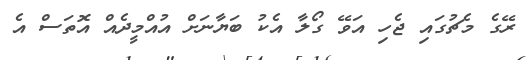
ރޭގެ މެޗުގައި ޖެހި އަވޭ ގޯލާ އެކު ބަޔާނަށް އުއްމީދެއް އޮތަސް އެ